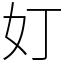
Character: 奵